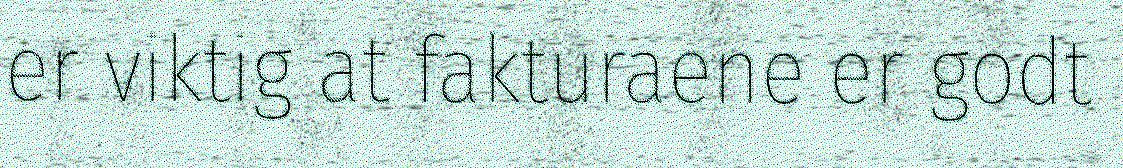
er viktig at fakturaene er godt